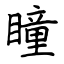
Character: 瞳